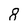
Character: 8